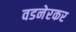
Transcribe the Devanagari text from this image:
वडनेरकर